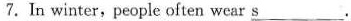
7.In winter,people often wear s \underline.